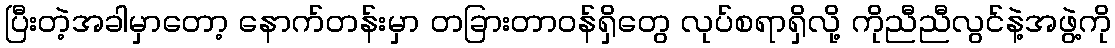
ပြီးတဲ့အခါမှာတော့ နောက်တန်းမှာ တခြားတာဝန်ရှိတွေ လုပ်စရာရှိလို့ ကိုညီညီလွင်နဲ့အဖွဲ့ကို